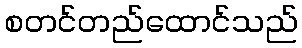
စတင်တည်ထောင်သည်